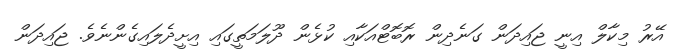
އޭރު މިކާލް އިނީ ޖައިދަން ގަނެދިން ރޮބޮޓްއަކާއި ކުޅެން ދޫލަމަތީގައި އިށީދެލައިގެންނެވެ. ޖައިދަން